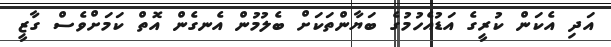
އަދި އެކަން ކުރީގެ އަޑުއެހުމުގެ ބަޔާންތަކަށް ބެލުމުން އެނގެން އޮތް ކަމަށްވެސް ގާޒީ